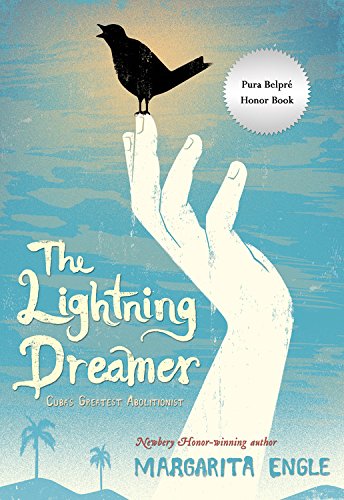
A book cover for The Lightning Dreamer: Cuba's Greatest Abolitionist; Margarita Engle; Teen & Young Adult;